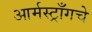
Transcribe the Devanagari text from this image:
आर्मस्ट्राँगचे